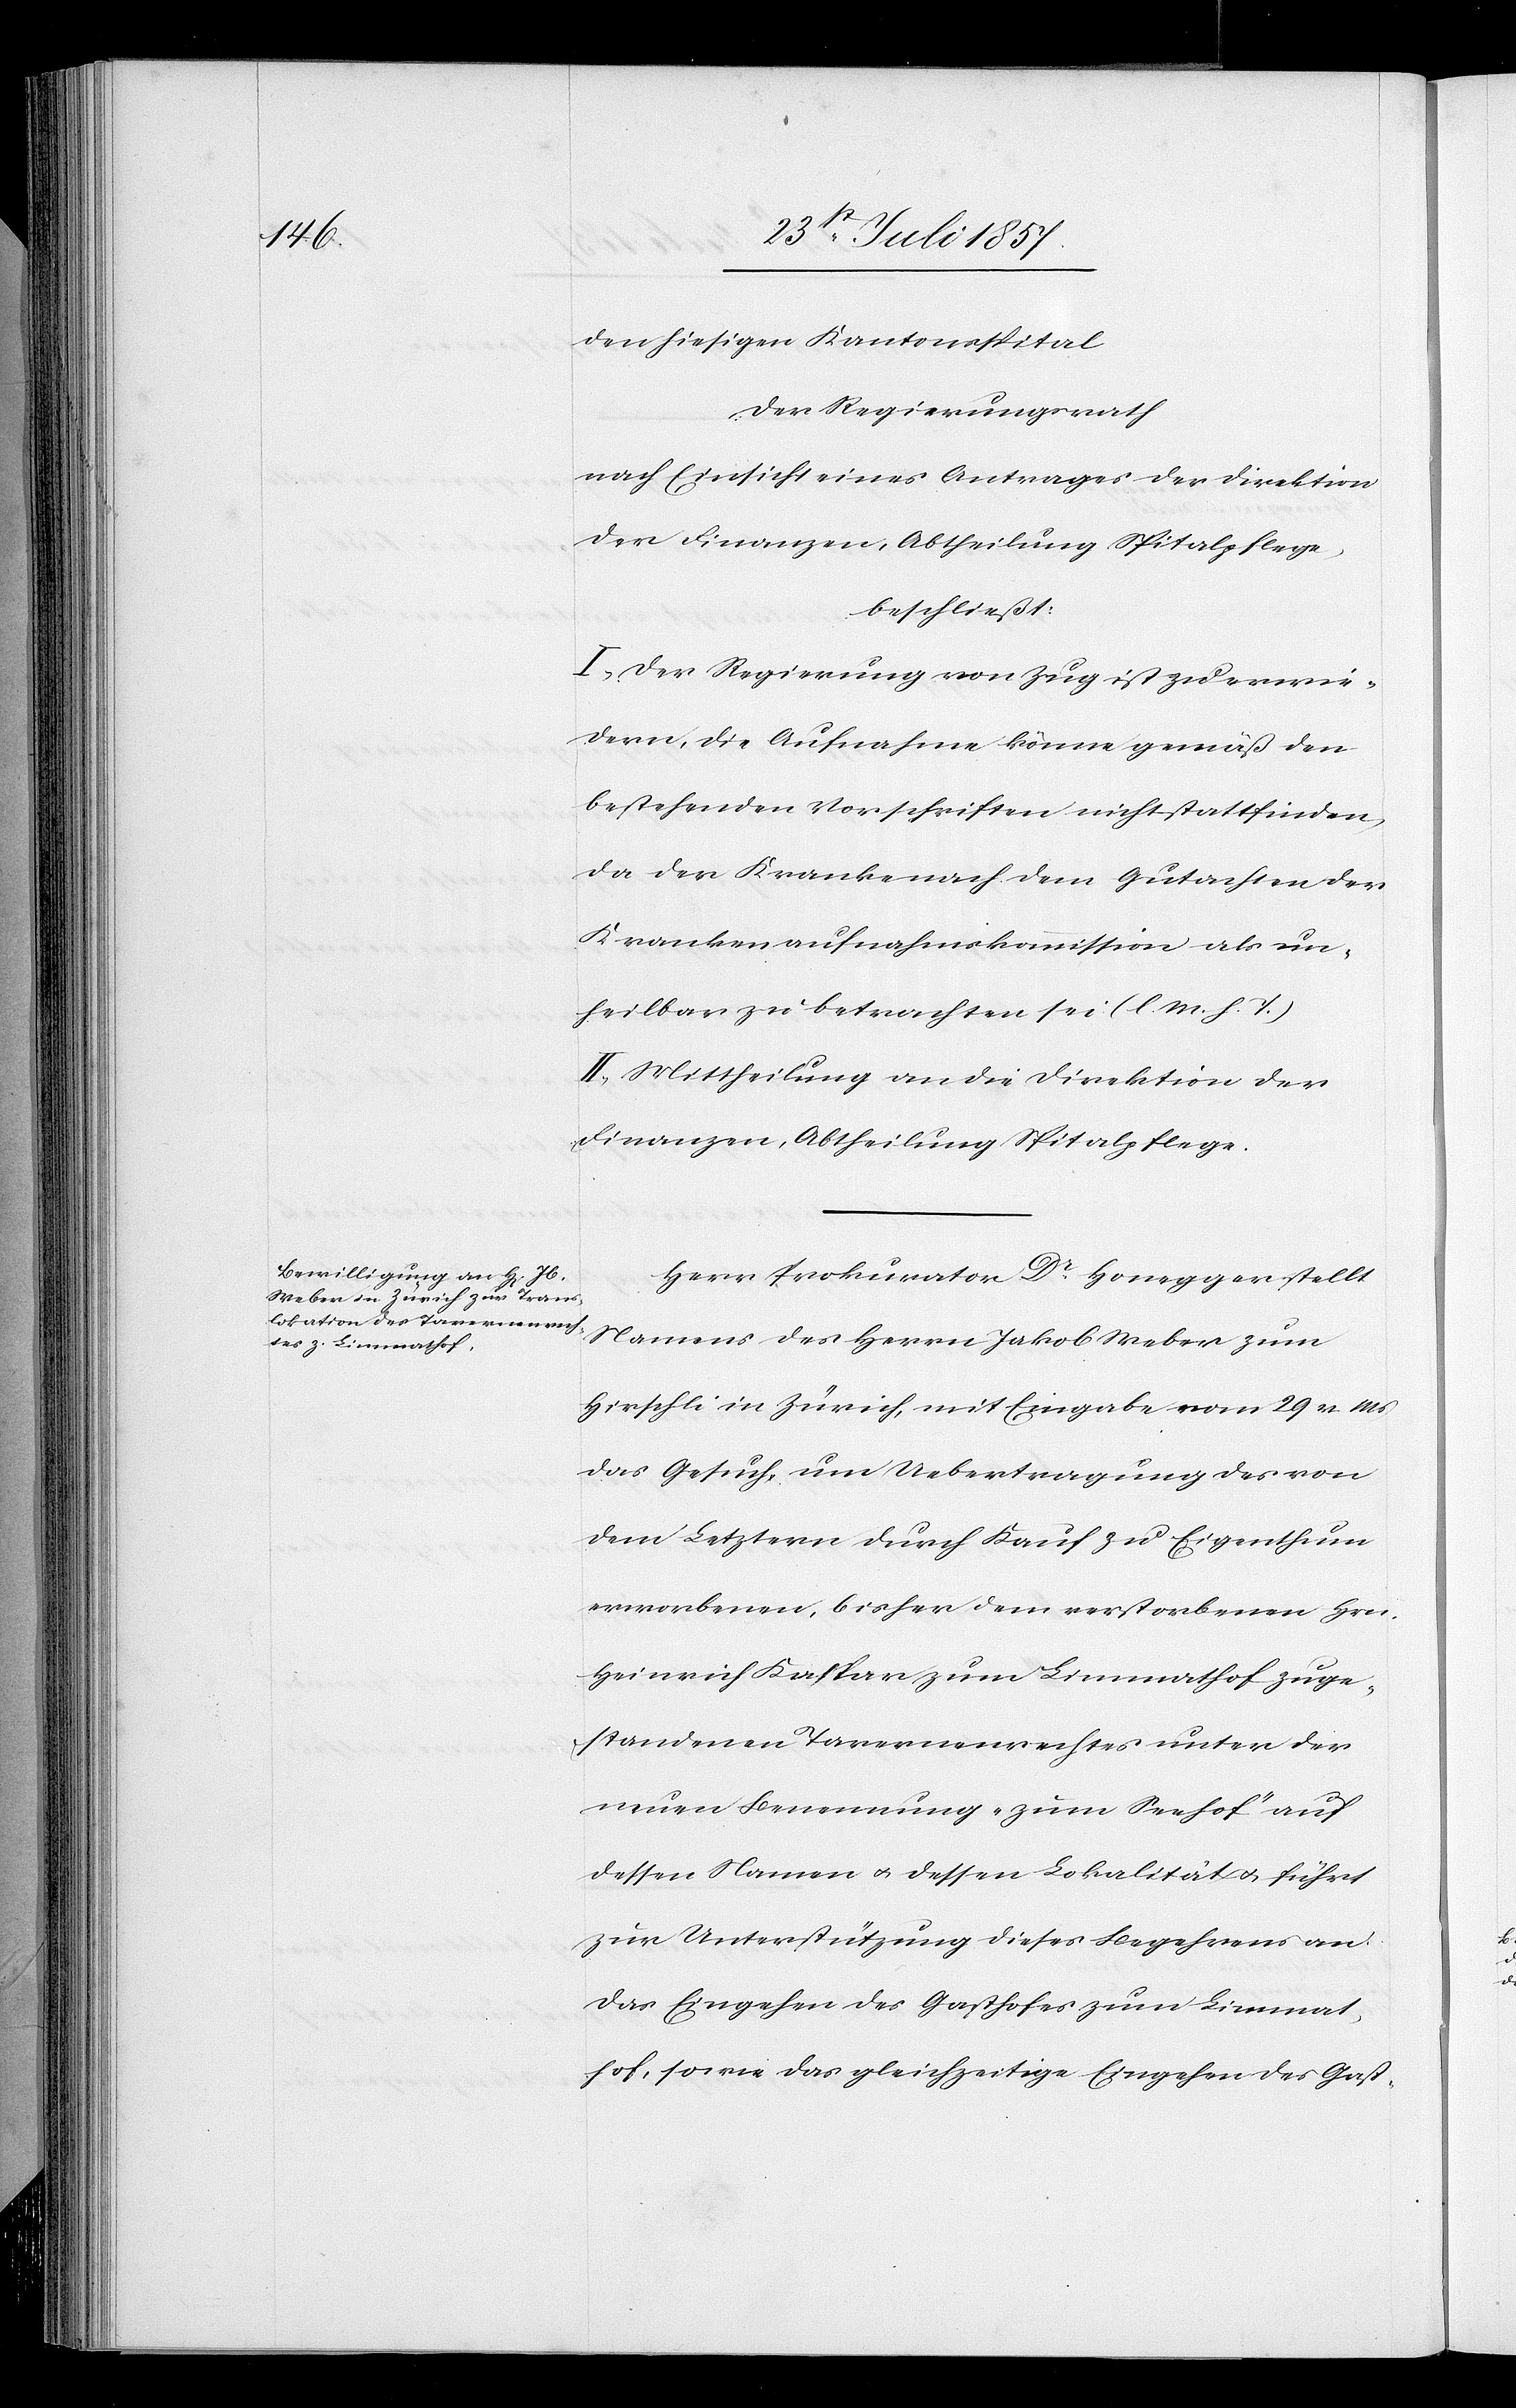
den hiesigen Kantonsspital
Der Regierungsrath
nach Einsicht eines Antrages der Direktion
der Finanzen, Abtheilung Spitalpflege,
beschließt:
I. Der Regierung von Zug ist zu erwie¬
dern, die Aufnahme könne gemäß den
bestehenden Vorschriften nicht stattfinden,
da der Kranke nach dem Gutachten der
Krankenaufnahmskommission als un¬
heilbar zu betrachten sei. [l. M. h. T]
II. Mittheilung an die Direktion der
Finanzen, Abtheilung Spitalpflege.
Herr Prokurator Dr Honegger stellt
Namens des Herren Jakob Weber zum
Hirschli in Zürich, mit Eingabe vom 29 v. Mts.
das Gesuch, um Uebertragung des von
dem Letztern durch Kauf zu Eigenthum
erworbenen, bisher dem verstorbenen Hrn.
Heinrich Kaspar zum Limmathof zuge¬
standenen Tavernenrechtes unter der
neuen Benennung „zum Seehof“ auf
dessen Namen & dessen Lokalitäten & führt
zur Unterstützung dieses Begehrens an:
Das Eingehen des Gasthofes zum Limmat¬
hof, sowie das gleichzeitige Eingehen des Gast-